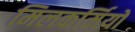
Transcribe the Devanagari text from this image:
मिलकर्मियों